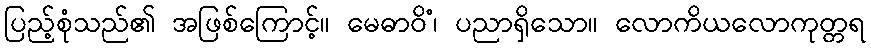
ပြည့်စုံသည်၏ အဖြစ်ကြောင့်။ မေဓာဝိံ၊ ပညာရှိသော။ လောကိယလောကုတ္တရ